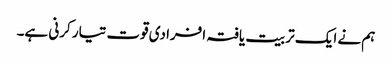
ہم نے ایک تربیت یافتہ افرادی قوت تیار کرنی ہے۔